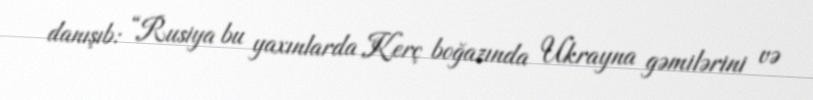
danışıb: “Rusiya bu yaxınlarda Kerç boğazında Ukrayna gəmilərini və